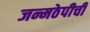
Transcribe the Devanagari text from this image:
जन्मठेपीची